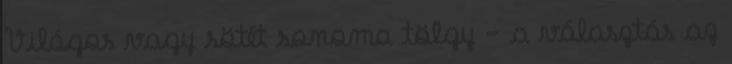
Világos vagy sötét sonoma tölgy - a választás az